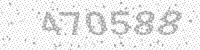
Solution: 470588